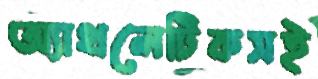
অ্যাথলেটিকসই